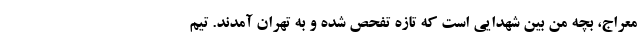
معراج، بچه من بین شهدایی است که تازه تفحص شده‌ و به تهران آمدند. تیم